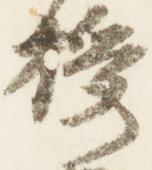
授